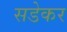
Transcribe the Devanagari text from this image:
सडेकर